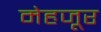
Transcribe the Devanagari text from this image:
मेहजूर